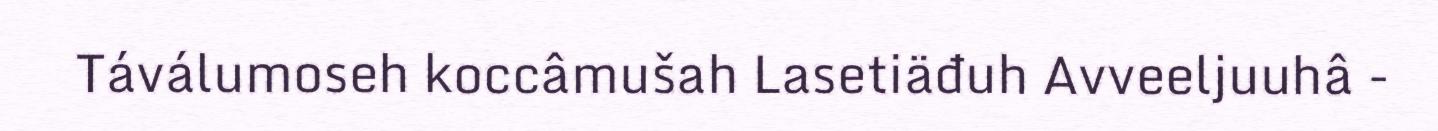
Táválumoseh koccâmušah Lasetiäđuh Avveeljuuhâ -